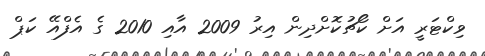
ވިކްޓަރީ އަށް ކޯޗުކޮށްދިން އިރު 2009 އާއި 2010 ގެ އެފްއޭ ކަޕް